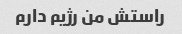
راستش من رژیم دارم